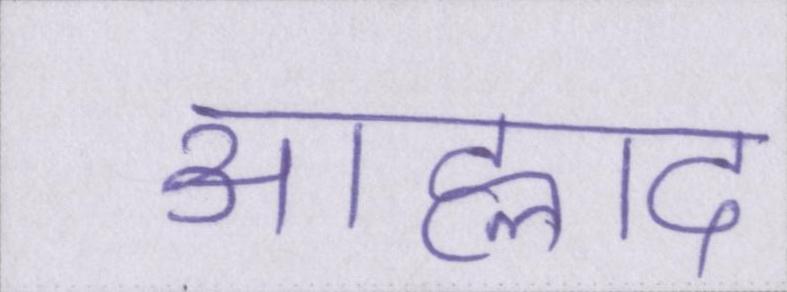
आह्लाद